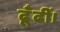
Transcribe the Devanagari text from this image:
ढूँढीं।